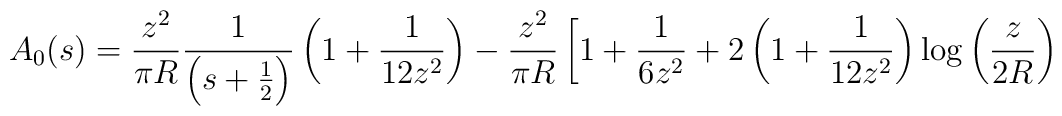
A_0 (s) = \frac{z^2}{\pi R} \frac{1}{\left(s+\frac12\right)}\left( 1 +\frac1{12 z^2} \right) - \frac{z^2}{\pi R} \left[ 1 +\frac1{6z^2} + 2 \left( 1 + \frac1{12 z^2} \right) \log \left(\frac{z}{2 R} \right) \right.